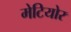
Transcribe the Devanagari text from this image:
मेटियोर